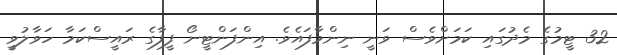
32 ޓީމުގެ މެދުގައި ކަމަށްވެސް ވަނީ ނިންމާފައެވެ. އިންފަންޓީނޯ ފީފާގެ ރައީސްކަމާ ހަވާލުވީ